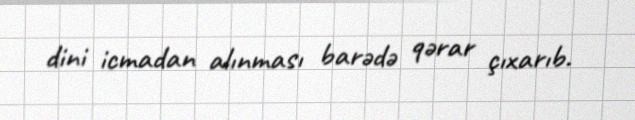
dini icmadan alınması barədə qərar çıxarıb.